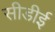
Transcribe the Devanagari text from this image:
सीडीई